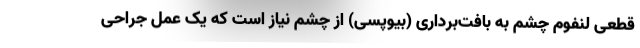
قطعی لنفوم چشم به بافت‌برداری (بیوپسی) از چشم نیاز است که یک عمل جراحی